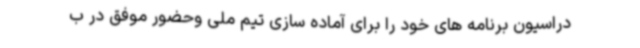
دراسیون برنامه های خود را برای آماده سازی تیم ملی وحضور موفق در ب